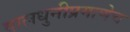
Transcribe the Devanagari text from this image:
वालधुनीप्रमाणेच